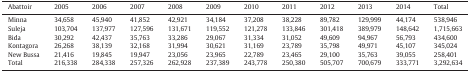
<table><thead><tr><td><b>Abattoir</b></td><td><b>2005</b></td><td><b>2006</b></td><td><b>2007</b></td><td><b>2008</b></td><td><b>2009</b></td><td><b>2010</b></td><td><b>2011</b></td><td><b>2012</b></td><td><b>2013</b></td><td><b>2014</b></td><td><b>Total</b></td></tr></thead><tbody><tr><td>Minna</td><td>34,658</td><td>45,940</td><td>41,852</td><td>42,921</td><td>34,184</td><td>37,208</td><td>38,228</td><td>89,782</td><td>129,999</td><td>44,174</td><td>538,946</td></tr><tr><td>Suleja</td><td>103,704</td><td>137,977</td><td>127,596</td><td>131,671</td><td>119,552</td><td>121,278</td><td>133,846</td><td>301,418</td><td>389,979</td><td>148,642</td><td>1,715,663</td></tr><tr><td>Bida</td><td>30,292</td><td>42,437</td><td>35,763</td><td>33,286</td><td>29,067</td><td>31,334</td><td>31,052</td><td>49,609</td><td>94,967</td><td>56,793</td><td>434,600</td></tr><tr><td>Kontagora</td><td>26,268</td><td>38,139</td><td>32,168</td><td>31,994</td><td>30,621</td><td>31,169</td><td>23,789</td><td>35,798</td><td>49,971</td><td>45,107</td><td>345,024</td></tr><tr><td>New Bussa</td><td>21,416</td><td>19,845</td><td>19,947</td><td>23,056</td><td>23,965</td><td>22,789</td><td>23,465</td><td>29,100</td><td>35,763</td><td>39,055</td><td>258,401</td></tr><tr><td>Total</td><td>216,338</td><td>284,338</td><td>257,326</td><td>262,928</td><td>237,389</td><td>243,778</td><td>250,380</td><td>505,707</td><td>700,679</td><td>333,771</td><td>3,292,634</td></tr></tbody></table>